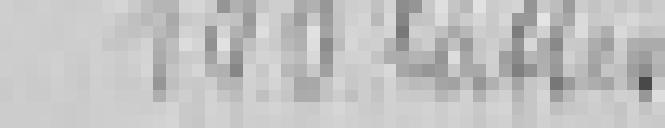
sortie : 100 lattes